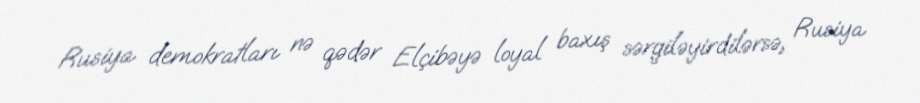
Rusiya demokratları nə qədər Elçibəyə loyal baxış sərgiləyirdilərsə, Rusiya